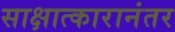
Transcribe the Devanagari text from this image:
साक्षात्कारानंतर